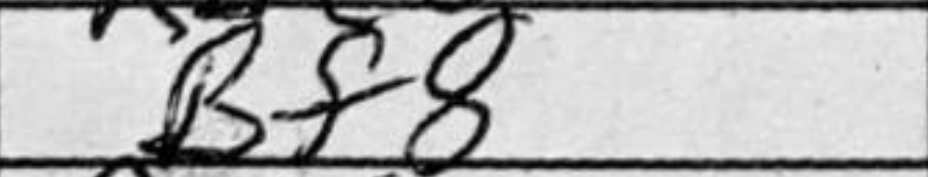
Transcription: Bf8